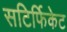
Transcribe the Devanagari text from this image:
सटिर्फिकेट